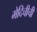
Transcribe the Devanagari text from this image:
मेदिचीची